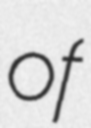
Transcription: of